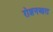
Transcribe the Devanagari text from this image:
रोशनआरा